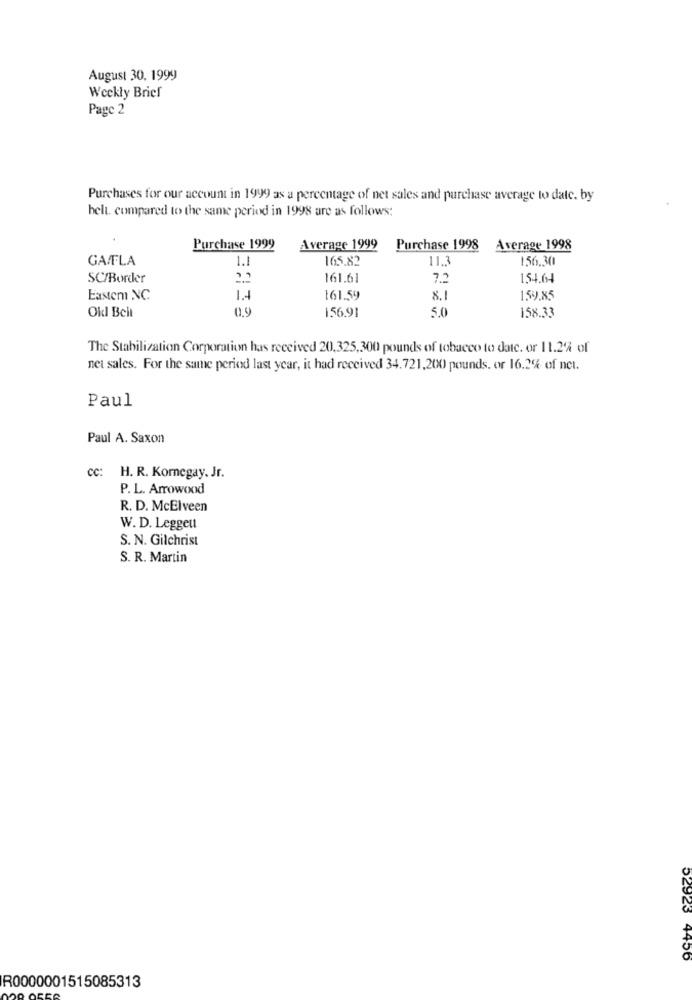
August 30, 1999
Weekly Brief
Page 2
Purchases for our account in 1999 as a percentage of net sales and purchase average to date. by
belt. compared to the same period in 1998 are as follows:
Purchase 1999
Average 1999
Purchase 1998
Average 1998
GA/FLA
1.1
165.82
11.3
156.30
SC/Border
161.61
7.2
154.64
Eastem NC
1.4
161.59
8.1
159,85
Okl Beit
0.9
156.91
5.0
158.33
The Stabilization Corporation has received 20,325,300 pounds of tobacco to date. or 11.2% of
net sales. For the same period last year, it had received 34.721,200 pounds, or 16.2% of net.
Paul
Paul A. Saxon
cc: H. R. Kornegay. Jr.
P. L. Arrowood
R. D. McElveen
W. D. Leggeut
S. N. Gilchrist
S. R. Martin
52923 4456
R0000001515085313